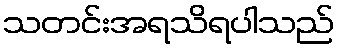
သတင်းအရသိရပါသည်